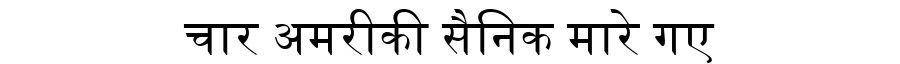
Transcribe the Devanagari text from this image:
चार अमरीकी सैनिक मारे गए